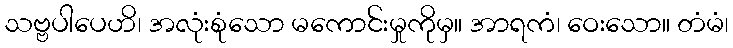
သဗ္ဗပါပေဟိ၊ အလုံးစုံသော မကောင်းမှုကိုမှ။ အာရကံ၊ ဝေးသော။ တံမံ၊